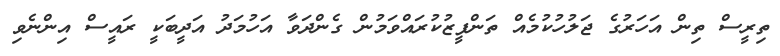
ތިރީސް ތިން އަހަރުގެ ޖަލުހުކުމެއް ތަންފީޒުކުރައްވަމުން ގެންދަވާ އަހުމަދު އަދީބަކީ ރައީސް އިންނެވި